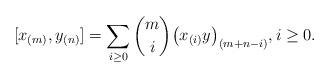
LaTeX: \begin{align*} [x_{(m)}, y_{(n)}] =\sum_{i \ge 0} \binom{m}{i} \big(x_{(i)} y\big)_{(m+n-i)},i \ge 0.\end{align*}